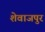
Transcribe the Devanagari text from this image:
शेवाजपुर